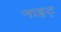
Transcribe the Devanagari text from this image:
नाइट्